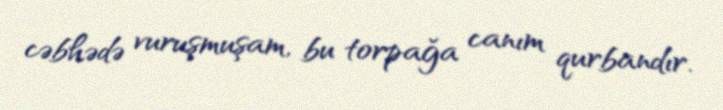
cəbhədə vuruşmuşam, bu torpağa canım qurbandır.